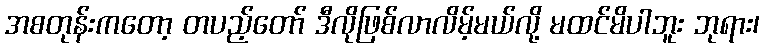
အစတုန်းကတော့ တပည့်တော် ဒီလိုဖြစ်လာလိမ့်မယ်လို့ မထင်မိပါဘူး ဘုရား၊